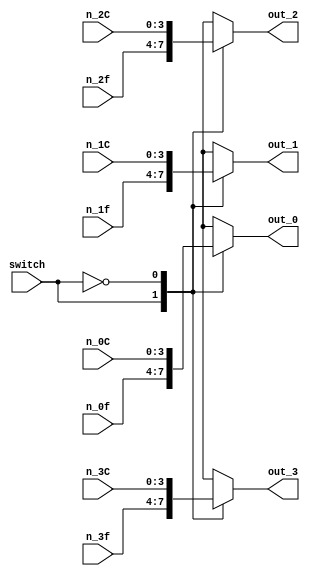
`timescale 1ns / 1ps
//////////////////////////////////////////////////////////////////////////////////
// Company: 
// Engineer: 
// 
// Design Name: 
// Module Name:    MUX_CORIENTE 
// Project Name: 
// Target Devices: 
// Tool versions: 
// Description: 
//
// Dependencies: 
//
// Revision: 
// Revision 0.01 - File Created
// Additional Comments: 
//
//////////////////////////////////////////////////////////////////////////////////
module MUX_CORIENTE(
input switch,
input  [3:0]n_1f,n_0f,n_2f,n_3f,n_1C,n_2C,n_0C,n_3C,
output [3:0]out_0,out_1,out_2,out_3
    );
reg [3:0]in0,in1,in2,in3;
always @ (*)
begin 
case (switch)
1'b1: begin 
	 in0 = n_0f;
	 in1 = n_1f;
	 in2 = n_2f;
	 in3 = n_3f;
end
1'b0: begin
	in0 = n_0C;
	in1 = n_1C;
	in2 = n_2C;
	in3 = n_3C;
end
endcase
end
assign out_0 = in0, out_1 = in1, out_2 = in2, out_3 = in3;
endmodule